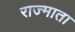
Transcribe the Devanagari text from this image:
राज्माता